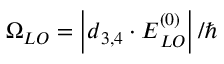
\Omega _ { L O } = \left| \boldsymbol d _ { 3 , 4 } \cdot \boldsymbol E _ { L O } ^ { ( 0 ) } \right| / \hbar